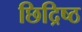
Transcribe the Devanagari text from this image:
छिद्रिष्ठ